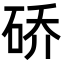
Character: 硚